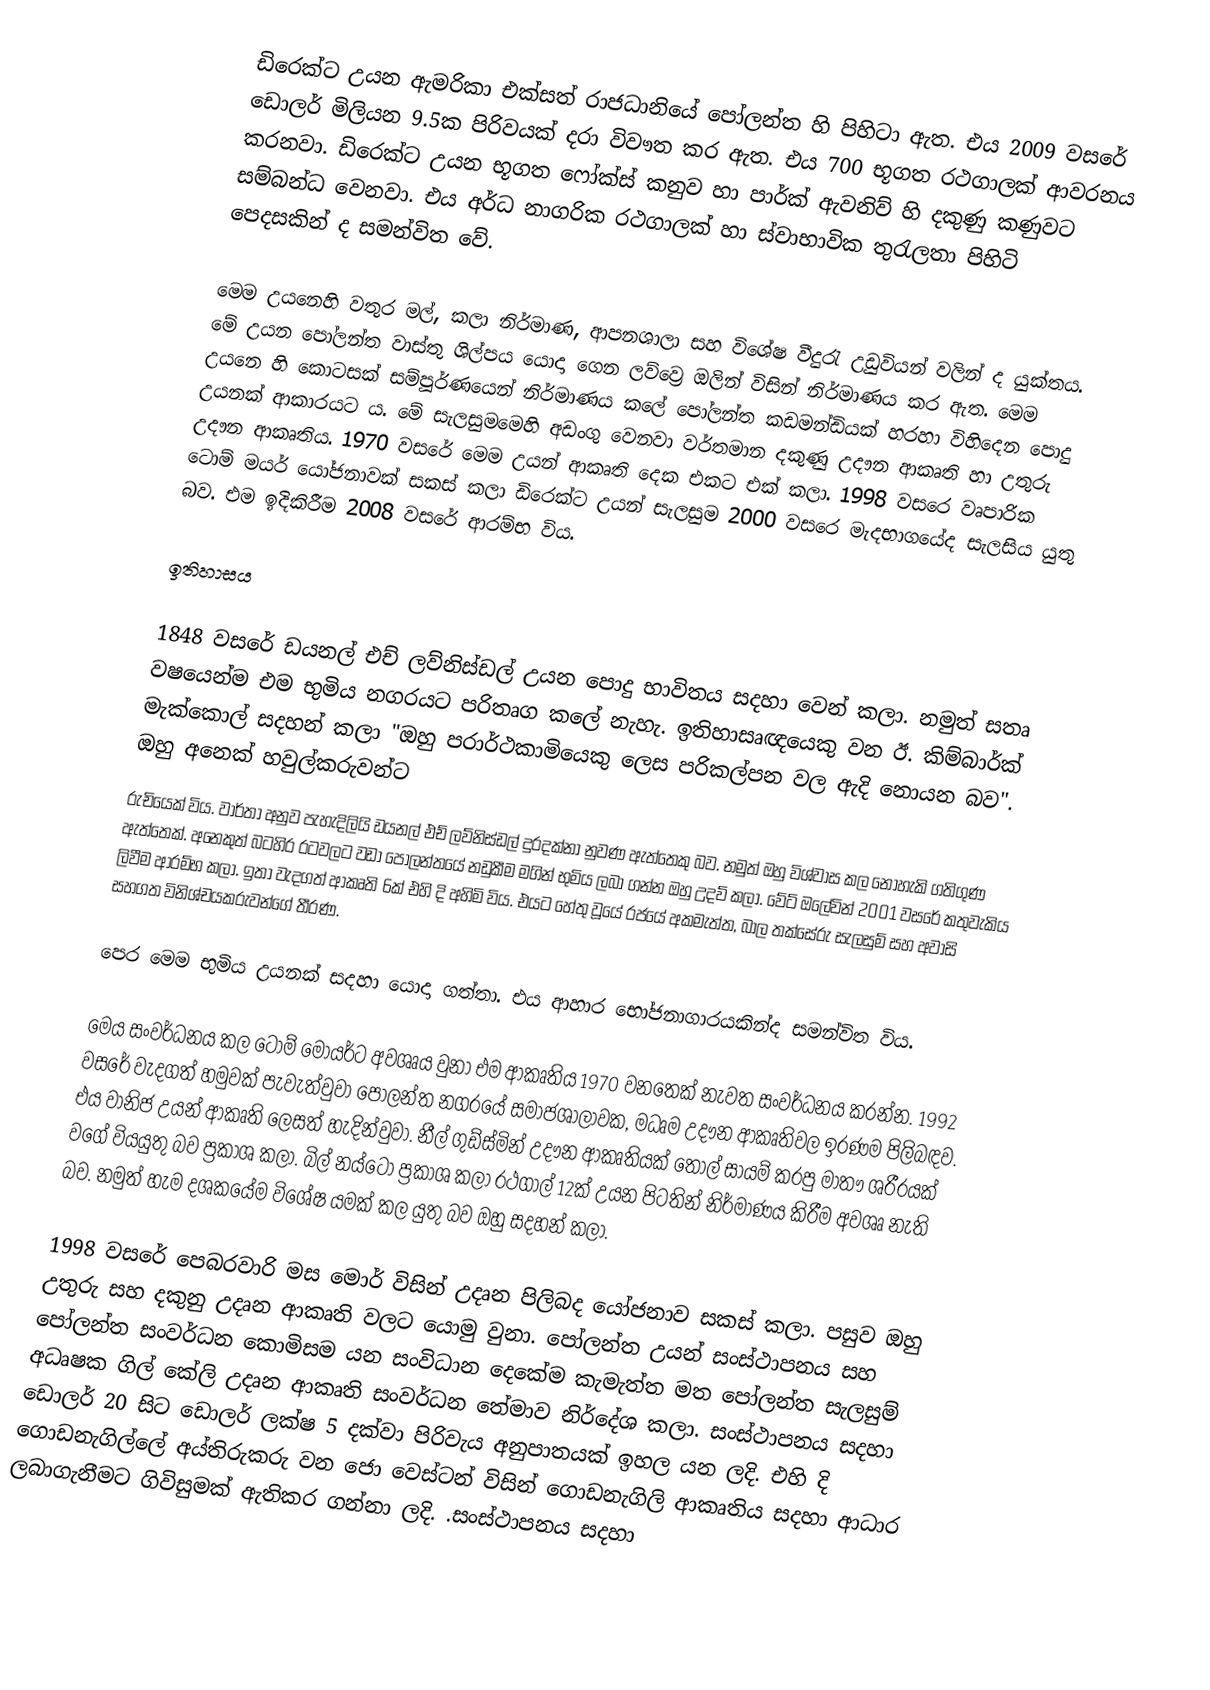
ඩිරෙක්ට උයන ඇමරිකා එක්සත් රාජධානියේ පෝලන්ත හි පිහිටා ඇත. එය 2009 වසරේ ඩොලර් මිලියන 9.5ක පිරිවයක් දරා විවෟත කර ඇත. එය 700 භූගත රථගාලක් ආවරනය කරනවා. ඩිරෙක්ට උයන භූගත ෆෝක්ස් කනුව හා පාර්ක් ඇවනිව් හි දකුණු කණුවට සම්බන්ධ වෙනවා. එය අර්ධ නාගරික රථගාලක් හා ස්වාභාවික තුරැලතා පිහිටි පෙදසකින් ද සමන්විත වේ.

මෙම උයනෙහි වතුර මල්, කලා නිර්මාණ, ආපනශාලා සහ විශේෂ වීදුරැ උඩුවියන් වලින් ද යුක්තය. මේ උයන  පෝලන්ත වාස්තු ශිල්පය යොදා ගෙන ලව්ව්‍රෙ ඔලින් විසින් නිර්මාණය කර ඇත. මෙම උයනෙ හි කොටසක් සම්පූර්ණයෙන් නිර්මාණය කලේ පෝලන්ත කඩමන්ඩියක් හරහා විහිදෙන පොදු උයනක් ආකාරයට ය. මේ සැලසුමමෙහි අඩංගු වෙනවා වර්තමාන දකුණු උදෟන ආකෘති හා උතුරු උදෟන ආකෘතිය. 1970 වසරේ මෙම උයන් ආකෘති දෙක එකට එක් කලා. 1998 වසරෙ වෘපාරික ටොම් මයර් යෝජනාවක් සකස් කලා ඩිරෙක්ට උයන් සැලසුම 2000 වසරෙ මැදභාගයේද සැලසිය යුතු බව. එම ඉදිකිරීම 2008 වසරේ ආරම්භ විය.

ඉතිහාසය

1848 වසරේ ඩයනල් එච් ලව්නිස්ඩල් උයන පොදු භාවිතය සදහා වෙන් කලා. නමුත් සතෘ වෂයෙන්ම එම භුමිය නගරයට පරිතෘග කලේ නැහැ. ඉතිහාසෘඥයෙකු වන ඊ. කිම්බාර්ක් මැක්කොල් සදහන් කලා "ඔහු පරාර්ථකාමියෙකු ලෙස පරිකල්පන වල ඇදි නොයන බව". ඔහු අනෙක් හවුල්කරුවන්ට
රුචියෙක් විය. වාර්තා අනුව පැහැදිලියි  ඩයනල් එච් ලව්නිස්ඩල් දුරදක්නා නුවණ ඇත්තෙකු බව. නමුත් ඔහු විශ්වාස කල නොහැකි ගතිගුණ ඇත්තෙක්. අනෙකුත් බටහිර රටවලට වඩා පෝලන්තයේ නඩුකීම මගින් භුමිය ලබා ගන්න ඔහු උදව් කලා. වේට් ඔලේවින් 2001 වසරේ කතුවැකිය ලිවීම ආරම්භ කලා. ඉතා වැදගත් ආකෘති 6ක් එහි දි අහිමි විය. එයට හේතු වූයේ රජයේ අකමැත්ත, බාල තක්සේරු සැලසුම් සහ අවාසි සහගත විනිශ්චයකරුවන්ගේ තීරණ.

පෙර මෙම භුමිය උයනක් සදහා යොදා ගත්තා. එය ආහාර භෝජනාගාරයකින්ද සමන්විත විය.

මෙය සංවර්ධනය කල ටොම් මෝයර්ට අවශෘය වුනා එම ආකෘතිය 1970 වනතෙක් නැවත සංවර්ධනය කරන්න. 1992 වසරේ වැදගත් හමුවක් පැවැත්වුවා පෝලන්ත නගරයේ සමාජශාලාවක, මධෘම උදෟන ආකෘතිවල ඉරණම පිලිබඳව. එය වානිජ උයන් ආකෘති ලෙසත් හැදින්වුවා.   නීල් ගුඩ්ස්මින් උදෟන ආකෘතියක් තොල් සායම් කරපු මාතෟ ශරීරයක් වගේ වියයුතු බව ප්‍රකාශ කලා. බිල් නය්ටෝ ප්‍රකාශ කලා රථගාල් 12ක් උයන පිටතින් නිර්මාණය කිරීම අවශෘ නැති බව. නමුත් හැම දශකයේම විශේෂ යමක් කල යුතු බව ඔහු සදහන් කලා.

1998 වසරේ පෙබරවාරි මස මොර් විසින් උදෘන පිලිබද යෝජනාව සකස් කලා. පසුව ඔහු උතුරු සහ දකුනු උදෘන ආකෘති වලට යොමු වුනා.  පෝලන්ත උයන් සංස්ථාපනය සහ පෝලන්ත සංවර්ධන කොමිසම යන සංවිධාන දෙකේම කැමැත්ත මත පෝලන්ත සැලසුම් අධෘෂක ගිල් කේලි උදෘන ආකෘති  සංවර්ධන තේමාව නිර්දේශ කලා. සංස්ථාපනය සදහා  ඩොලර් 20 සිට ඩොලර් ලක්ෂ 5 දක්වා පිරිවැය අනුපාතයක් ඉහල යන ලදි. එහි දි ගොඩනැගිල්ලේ අය්තිරුකරු වන ජො වෙස්ටන් විසින් ගොඩනැගිලි ආකෘතිය සදහා ආධාර ලබාගැනීමට ගිවිසුමක් ඇතිකර ගන්නා ලදි. .සංස්ථාපනය සදහා